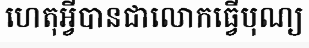
ហេតុអ្វីបានជាលោកធ្វើបុណ្យ